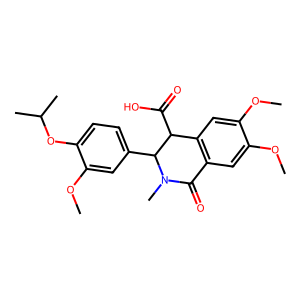
SMILES: COc1cc2c(cc1OC)C(C(=O)O)C(c1ccc(OC(C)C)c(OC)c1)N(C)C2=O
Inhibits HIV replication: No